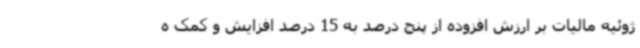
ژوئیه مالیات بر ارزش افزوده از پنج درصد به 15 درصد افزایش و کمک ه